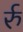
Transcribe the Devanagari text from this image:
र्रु